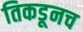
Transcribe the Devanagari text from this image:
तिकडूनच